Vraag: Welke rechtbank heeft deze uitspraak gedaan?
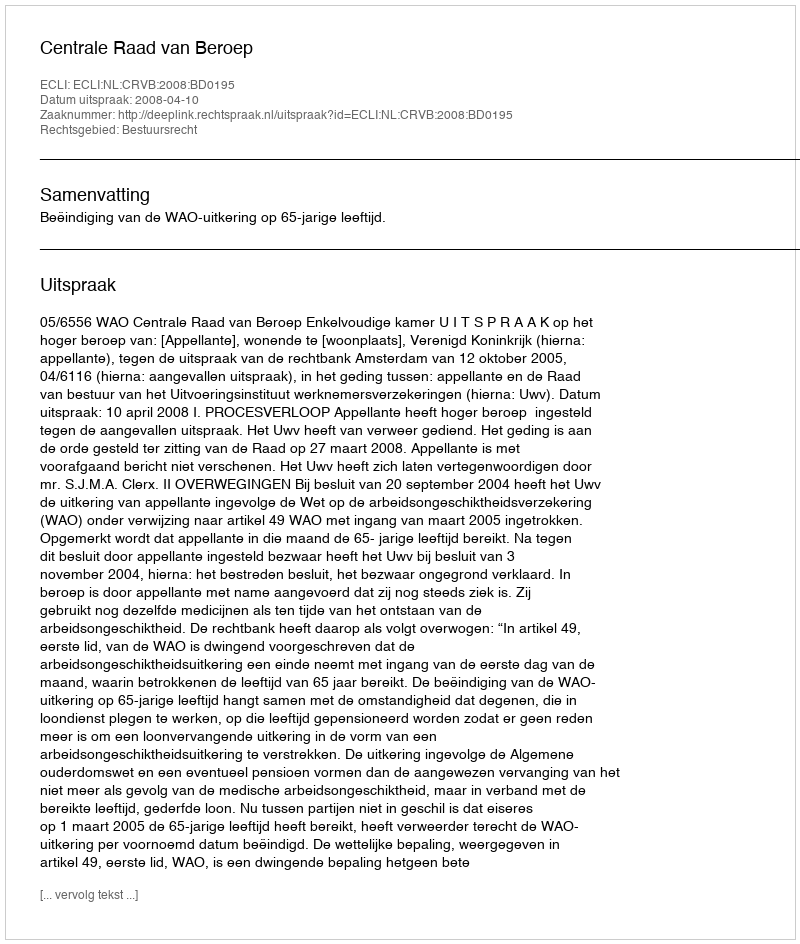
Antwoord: Centrale Raad van Beroep